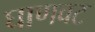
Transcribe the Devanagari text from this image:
घाणवट